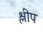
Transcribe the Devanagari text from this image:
श्लीप